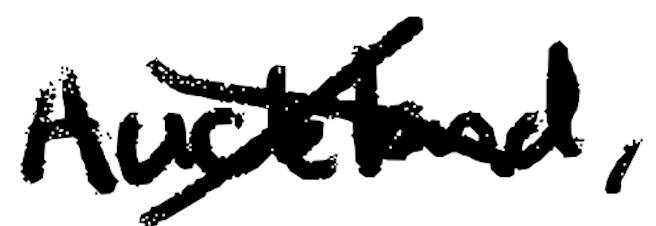
Text: Auckland,
Cross-out: cross
Writing tool: digital_black